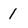
Character: 1